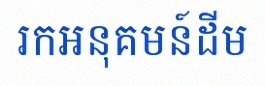
រកអនុគមន៍ដើម